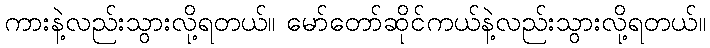
ကားနဲ့လည်းသွားလို့ရတယ်။ မော်တော်ဆိုင်ကယ်နဲ့လည်းသွားလို့ရတယ်။